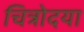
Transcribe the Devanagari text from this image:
चित्रोदया